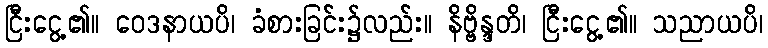
ငြီးငွေ့၏။ ဝေဒနာယပိ၊ ခံစားခြင်း၌လည်း။ နိဗ္ဗိန္ဒတိ၊ ငြီးငွေ့၏။ သညာယပိ၊